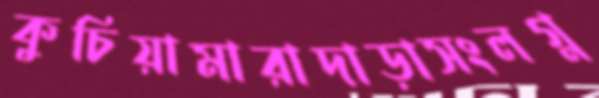
কুচিয়ামারাদাড়াসংলগ্ন